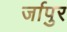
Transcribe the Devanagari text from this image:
र्जापुर